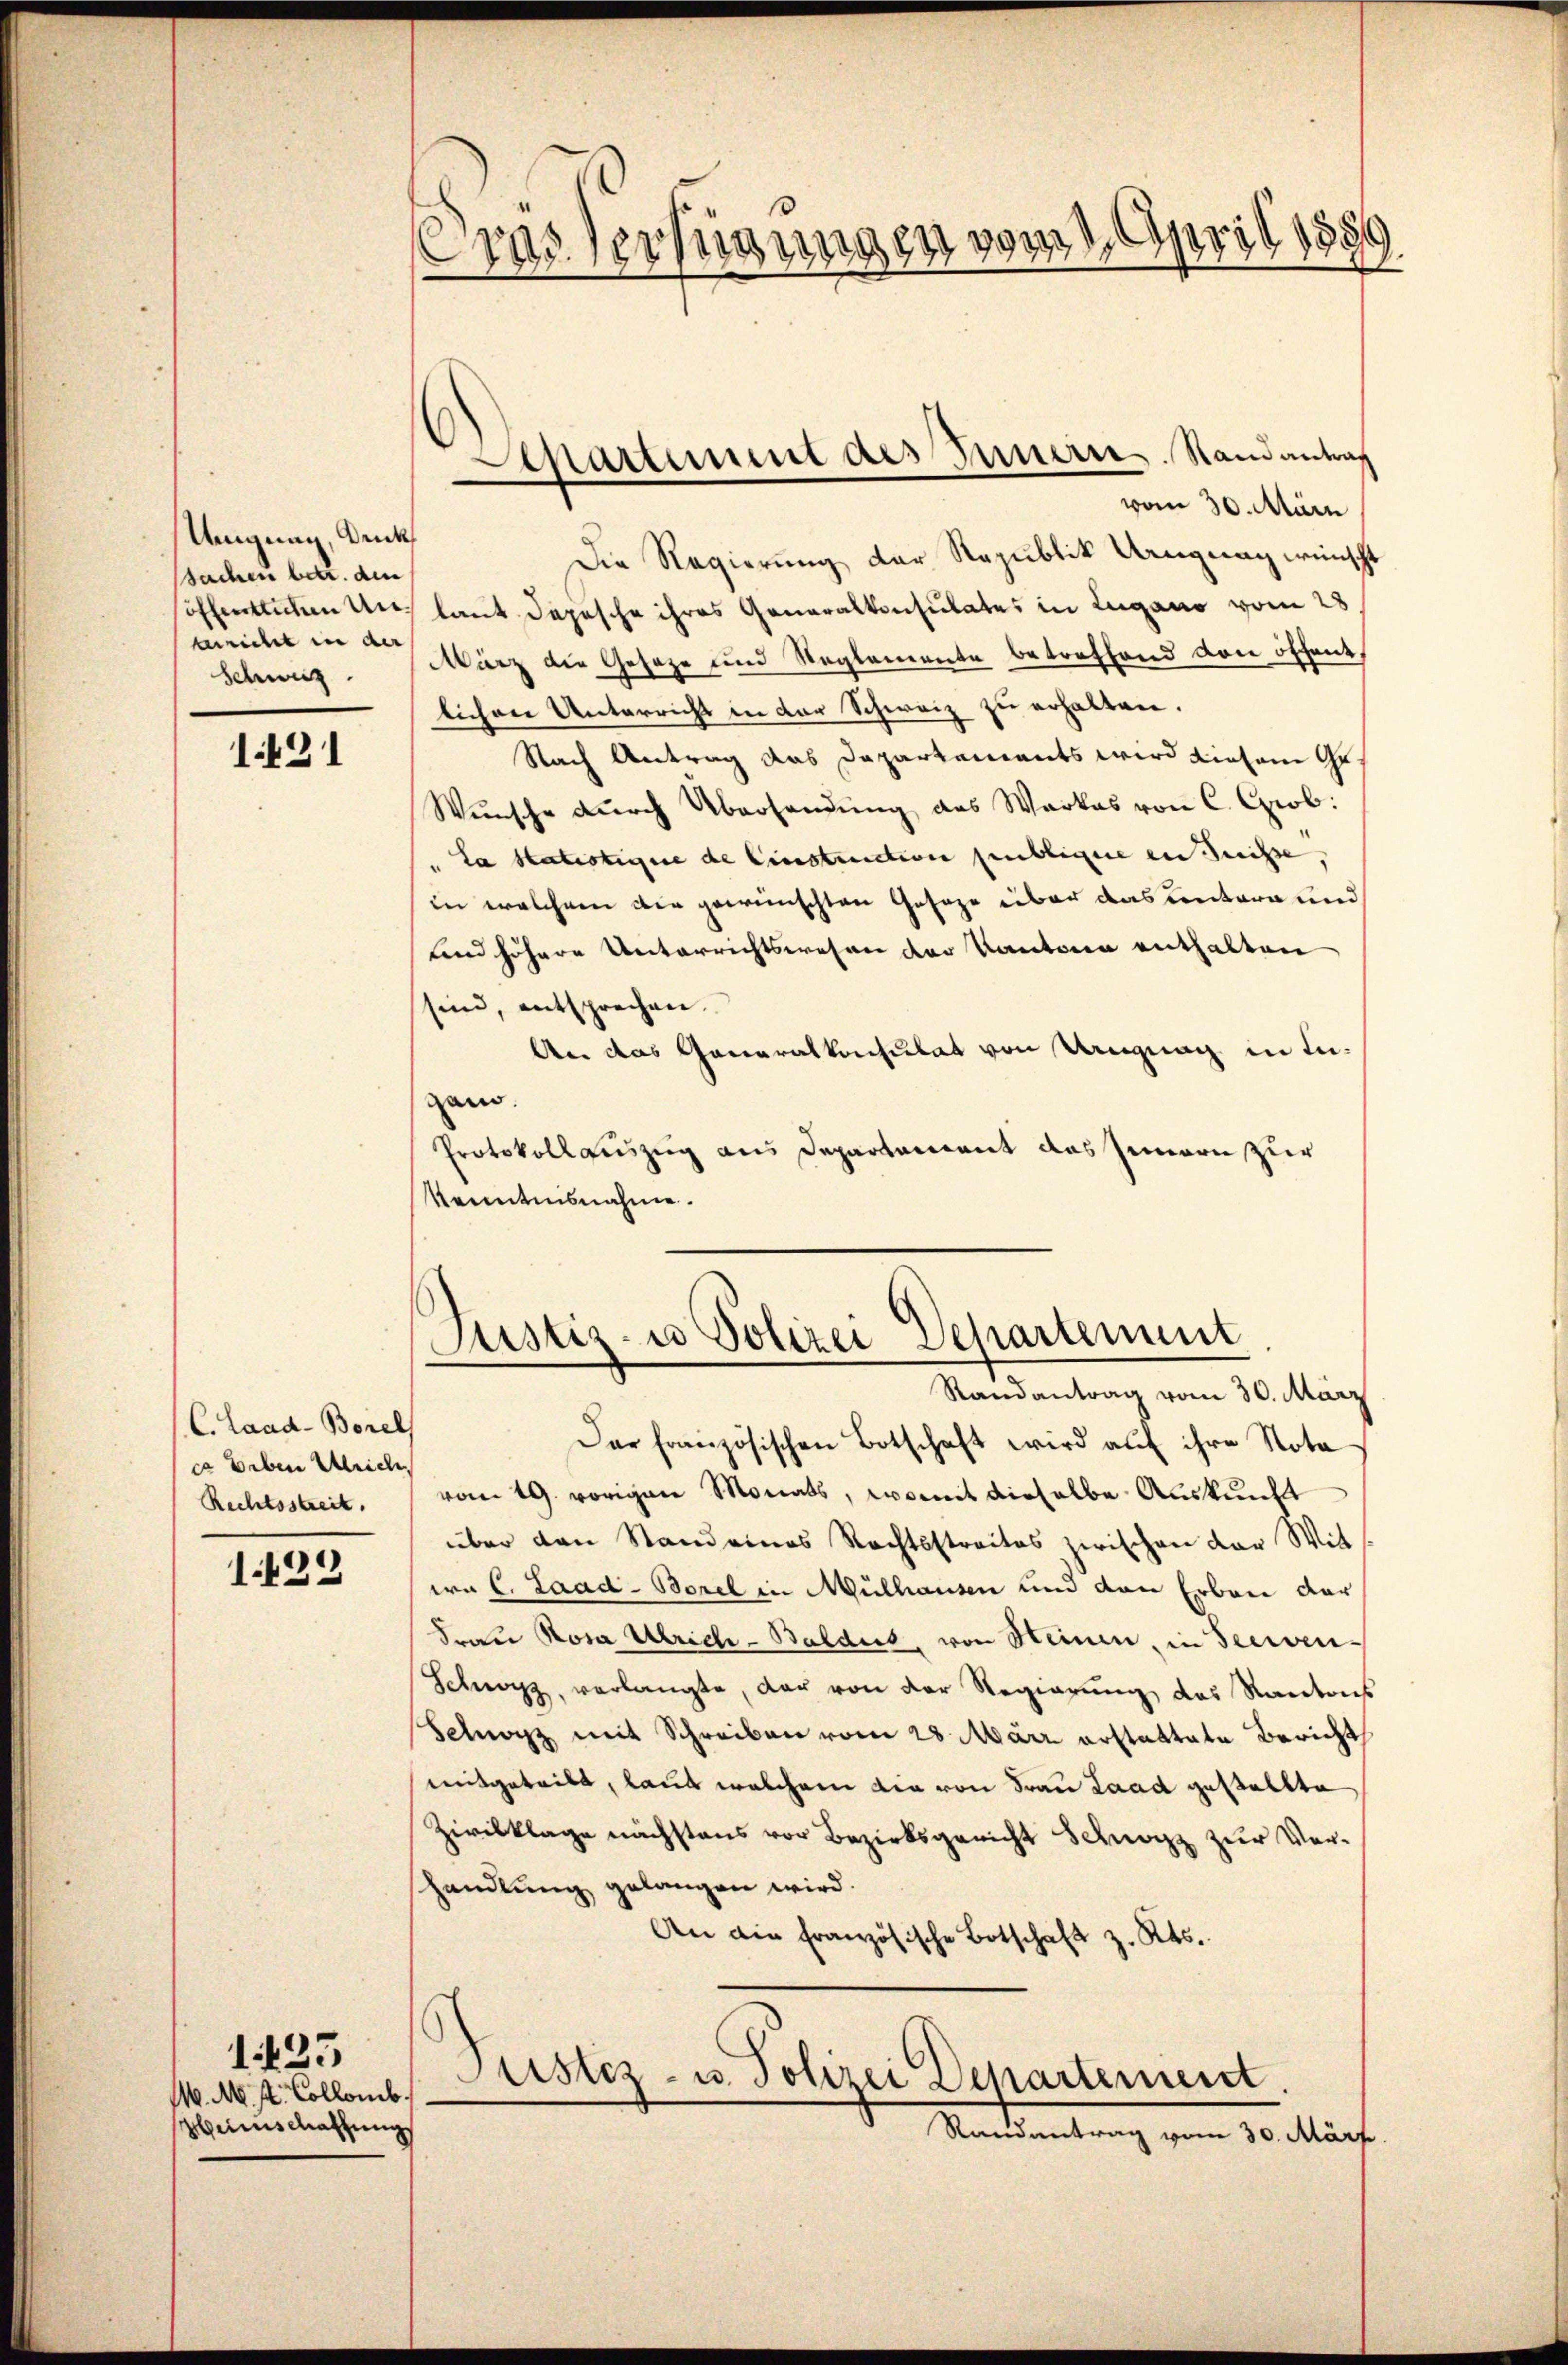
Ungung, Denk
sachen betr. den
wicht in der
Schweiz.

1.431

C. Land-Borel
ca leben Ulrich,
Rechtsstreit.

1.422

M. M. st. Collenb
Heims Mathungs

1135

ras Verfügungen vom 1. April 185
.

vom 30. März
Die Regierung der Republik Uruguay wünscht
öffentlichen Aus laut Depesche ihres Generalkonsulates in Lugano vom 28
März die Geseze und Reglemente betreffend von öffent,
lichen Unterricht in der Schweiz zu erhalten.
Nach Antrag das Departements wird diesem Ge¬
Wünsche durch Überhandŭng des Warkas von C. Grob.
.
La Satistigere de Einstruction publicire ein Jenisse,
in welchem die gewünschten Gesage über das Centara und
und höhere Unterrichtswesen der Kantone enthalten
sind, entsprechen.
An das Generalkonsulat von Ungung in tiegam.
Protokollauszug aus Departement das Innern zur
Kenntnisnahme.

Separtement des Innern. Randantrag

Der französischen Botschaft wird auf ihre Nota
vom 19. vorigen Monats, womit dieselbe Auskunft
über den Stand eines Rechtsstraites zwischen der Witwa C. Laad-Borel in Mülhausen und von Erbau dar¬
Frau Rosa Ulrich-Baldus, von Heinen, in Seeven¬
Schwarz, verlangte, der von der Regierŭng des Kantons
Schwarz mit Schreiben vom 28. März erstattete Bericht
mitgeteilt, laut welchem die von Frau Laad gestellte
Zivilklage nächstens vor Bezirksgericht Schnorz zur Verhandlung gelangen wird.
An die Französische Botschaft z. Kts.
Justiz- u. Polizei Departement.
Randantrag vom 30. März

Justiz- u Polizei Departement
Randantrag vom 30. März